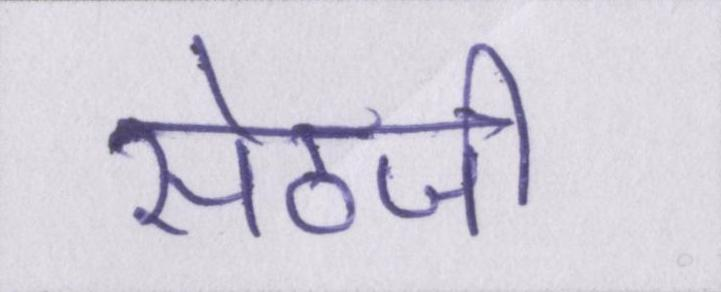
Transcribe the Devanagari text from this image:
सेठजी